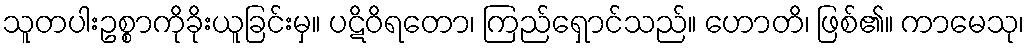
သူတပါးဥစ္စာကိုခိုးယူခြင်းမှ။ ပဋိဝိရတော၊ ကြည်ရှောင်သည်။ ဟောတိ၊ ဖြစ်၏။ ကာမေသု၊